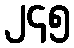
၂၄၅